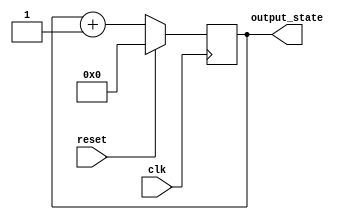
module synchronous_reset (
    input wire clk,            // Clock signal
    input wire reset,          // Synchronous reset signal
    output reg [7:0] output_state // Main output state (8-bit)
);

// Initial value for the output_state
localparam INITIAL_VALUE = 8'd0;

always @(posedge clk) begin
    if (reset) begin
        output_state <= INITIAL_VALUE; // Reset state to initial value
    end else begin
        // Normal operation logic (example: simple counting)
        output_state <= output_state + 1; // Increment output_state
    end
end

endmodule